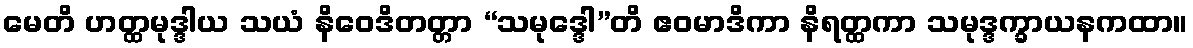
မေတိ ဟတ္ထမုဒ္ဒါယ သယံ နိဝေဒိတတ္တာ “သမုဒ္ဒေါ”တိ ဧဝမာဒိကာ နိရတ္ထကာ သမုဒ္ဒက္ခာယနကထာ။